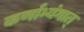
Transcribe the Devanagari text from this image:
कर्णाभ्यंगात्‌